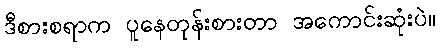
ဒီစားစရာက ပူနေတုန်းစားတာ အကောင်းဆုံးပဲ။